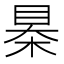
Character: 㮂